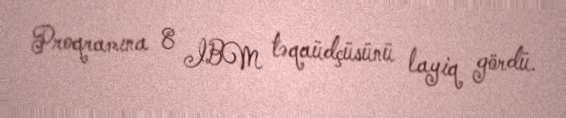
Proqramına 8 IBM təqaüdçüsünü layiq gördü.